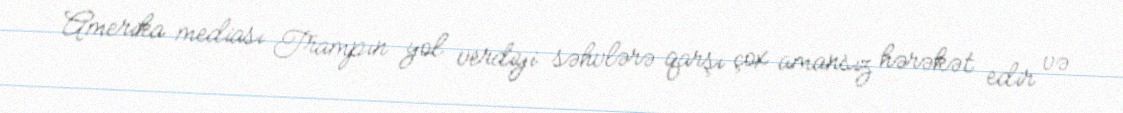
Amerika mediası Trampın yol verdiyi səhvlərə qarşı çox amansız hərəkət edir və